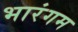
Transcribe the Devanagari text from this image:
भारंगम